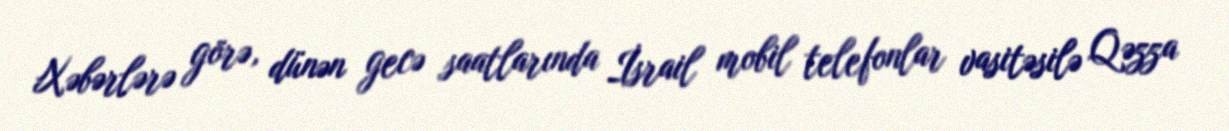
Xəbərlərə görə, dünən gecə saatlarında İsrail mobil telefonlar vasitəsilə Qəzza